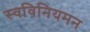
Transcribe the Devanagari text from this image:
स्वविनियमन